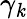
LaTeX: \gamma_{\mathit{k}}